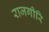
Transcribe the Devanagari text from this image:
राजगीरि